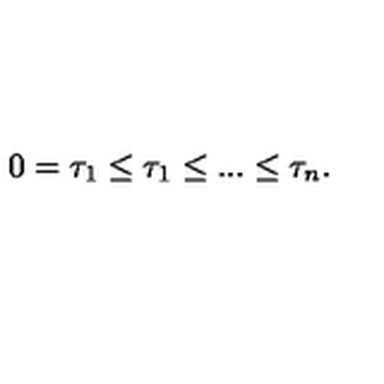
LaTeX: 0 = \tau _ { 1 } \leq \tau _ { 1 } \leq . . . \leq \tau _ { n } .